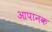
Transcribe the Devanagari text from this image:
आपानक